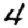
Digit: 4